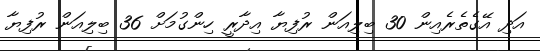
އަދި އޭގެތެރެއިން 30 ބިލިއަން ރުފިޔާ އިދާރީ ހިންގުމަށް 36 ބިލިއަން ރުފިޔާ